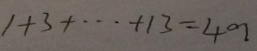
1 + 3 + \cdots + 1 3 = 4 9